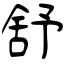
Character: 舒